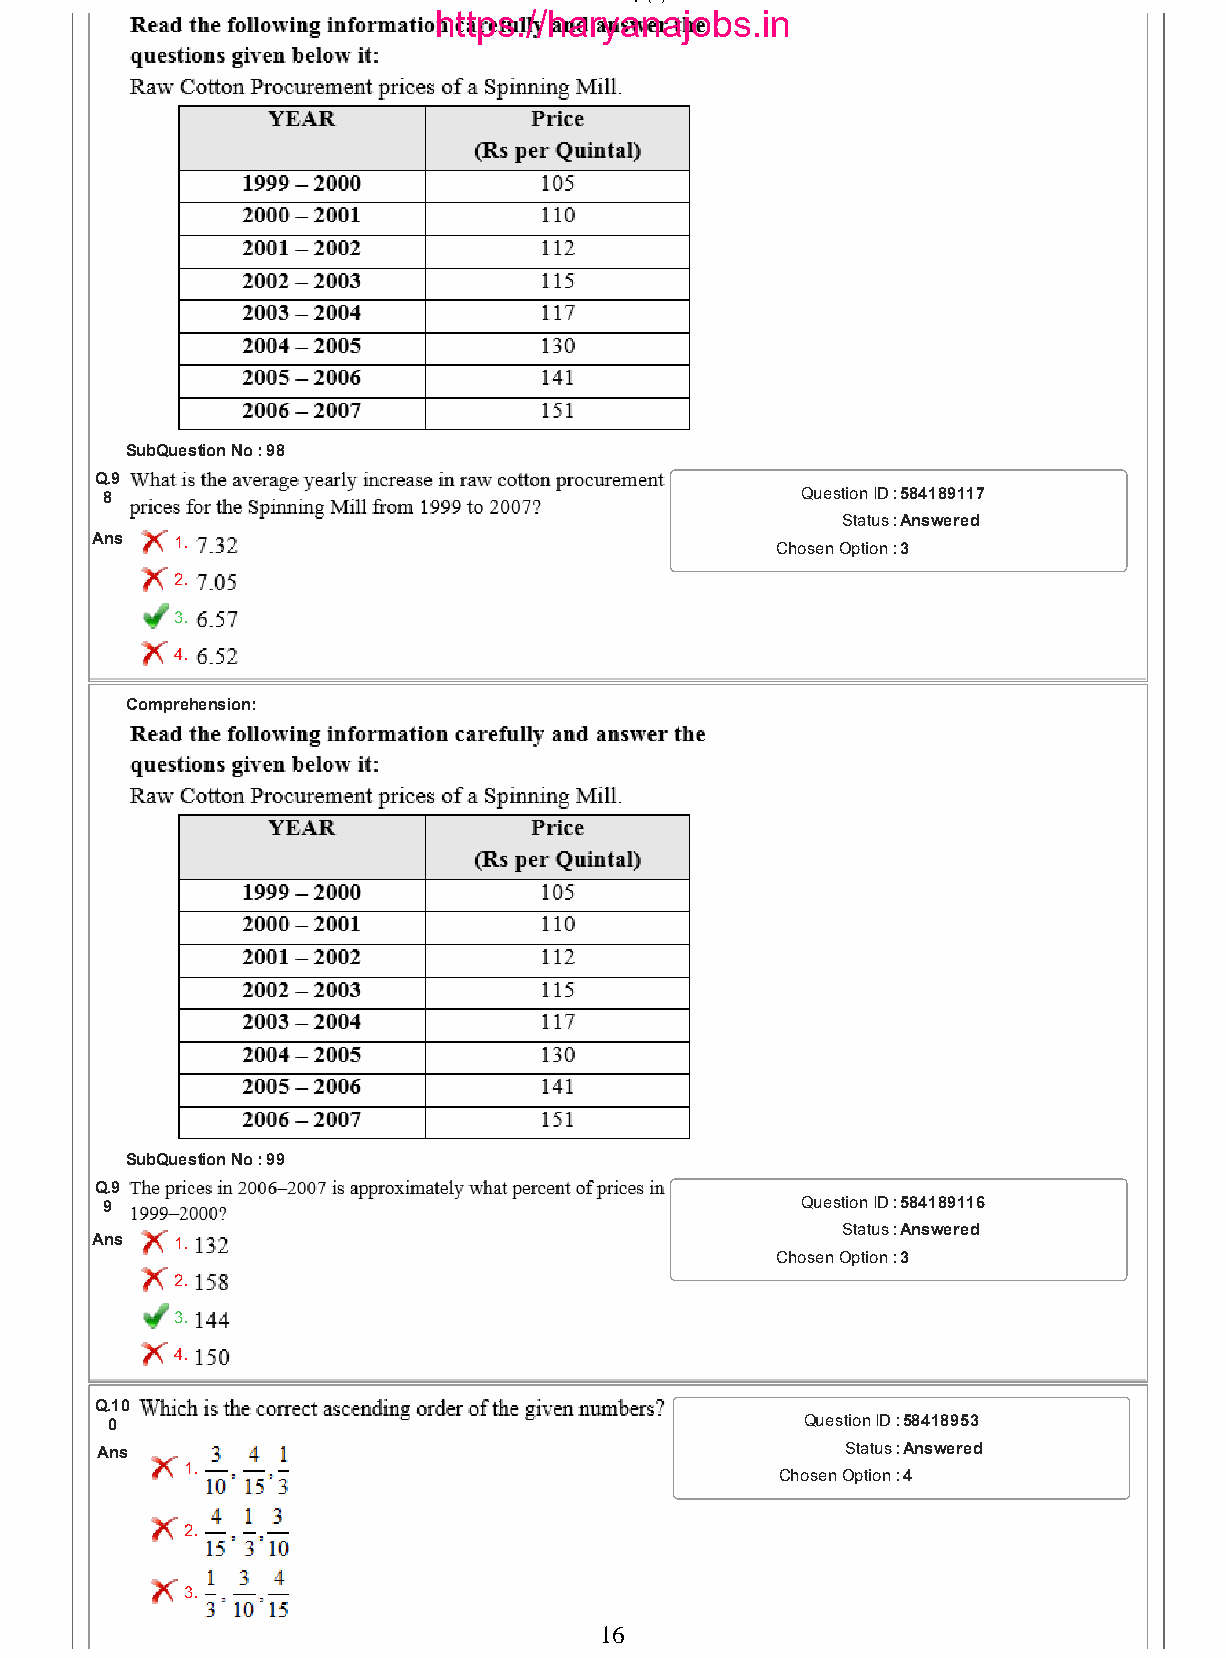
26/01/2017                           Qp (5).html
 https://haryanajobs.in
 SubQuestion No : 98
 Q.9
 8                                             Question ID :584189117
 Status :Answered
 Ans   1.                                      Chosen Option :3
 2.
 3.
 4.
 Comprehension:
 SubQuestion No : 99
 Q.9
 9                                             Question ID :584189116
 Status :Answered
 Ans   1.
 Chosen Option :3
 2.
 3.
 4.
 Q.10
 0                                             Question ID :58418953
 Ans                                              Status :Answered
 1.
 Chosen Option :4
 2.
 3.
 16
 file:///C:/Users/Narottam%20Vats/Downloads/Qp%20(5).html                16/19